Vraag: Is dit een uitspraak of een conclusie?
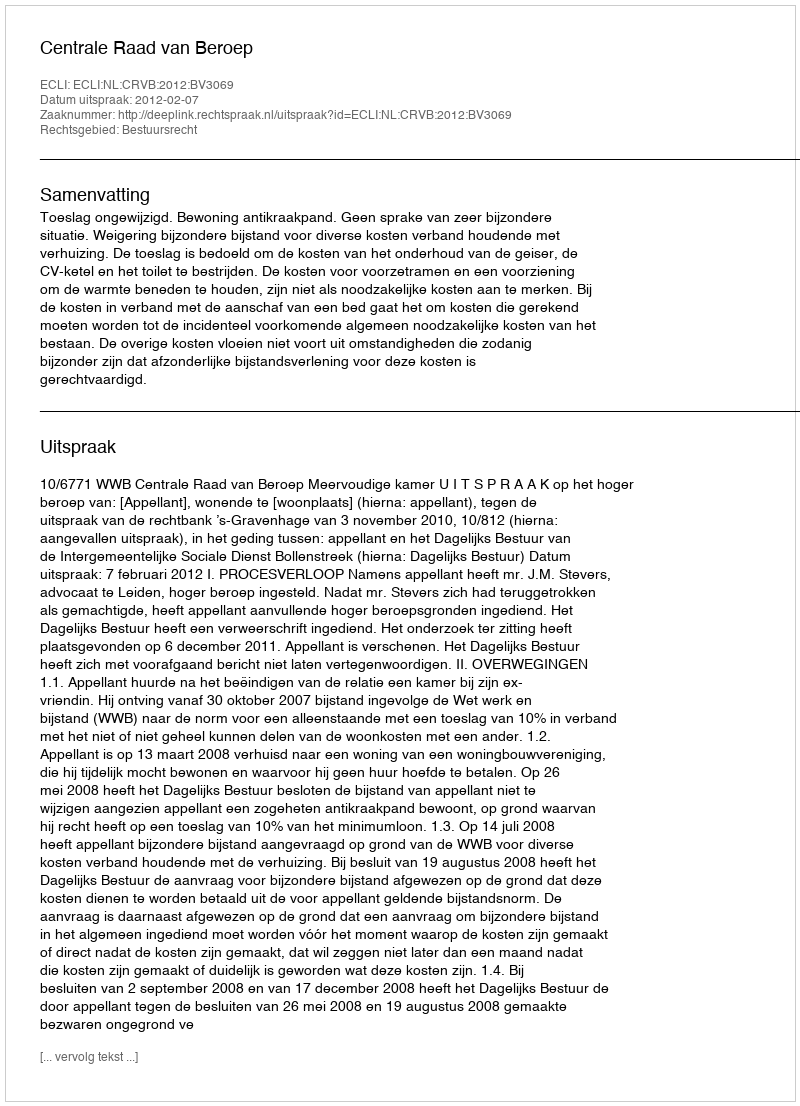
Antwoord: Uitspraak